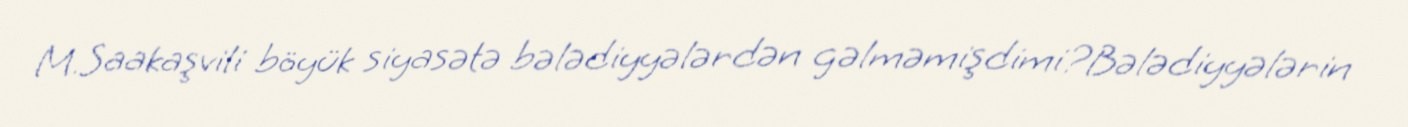
M.Saakaşvili böyük siyasətə bələdiyyələrdən gəlməmişdimi?Bələdiyyələrin